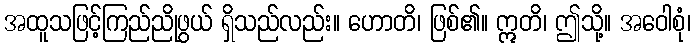
အထူသဖြင့်ကြည်ညိုဖွယ် ရှိသည်လည်း။ ဟောတိ၊ ဖြစ်၏။ ဣတိ၊ ဤသို့။ အဝေါစုံ၊